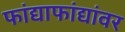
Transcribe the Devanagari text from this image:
फांद्याफांद्यांवर